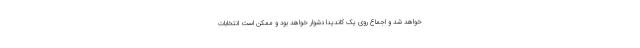
خواهد شد و اجماع روی یک کاندیدا دشوار خواهد بود و ممکن است انتخابات